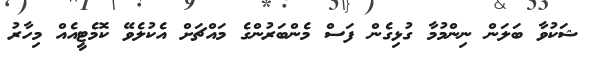
ޝަކުވާ ބަލަން ނިންމުމާ ގުޅިގެން ފަސް މެންބަރުންގެ މައްޗަށް އެކުލެވޭ ކޮމެޓީއެއް މިހާރު